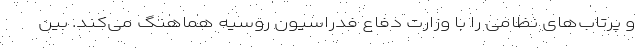
و پرتاب‌های نظامی را با وزارت دفاع فدراسیون روسیه هماهنگ می‌کند. بین